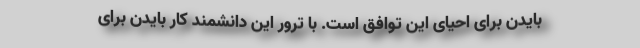
بایدن برای احیای این توافق است. با ترور این دانشمند کار بایدن برای